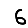
Digit: 6